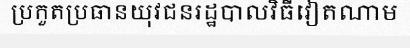
ប្រកួតប្រធានយុវជនរដ្ឋបាលវិធីវៀតណាម